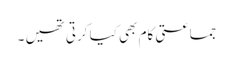
جماعتی کام بھی کیا کرتی تھیں ۔